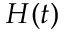
H ( t )